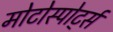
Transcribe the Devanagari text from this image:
मोटोस्पोर्ट्स